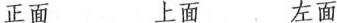
正面 上面 左面